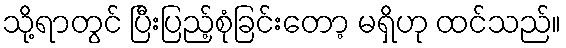
သို့ရာတွင် ပြီးပြည့်စုံခြင်းတော့ မရှိဟု ထင်သည်။